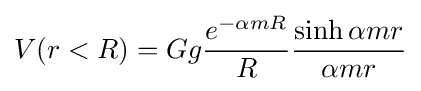
V(r<R)=Gg{\frac {e^{-\alpha mR}}{R}}{\frac {\sinh \alpha mr}{\alpha mr}}